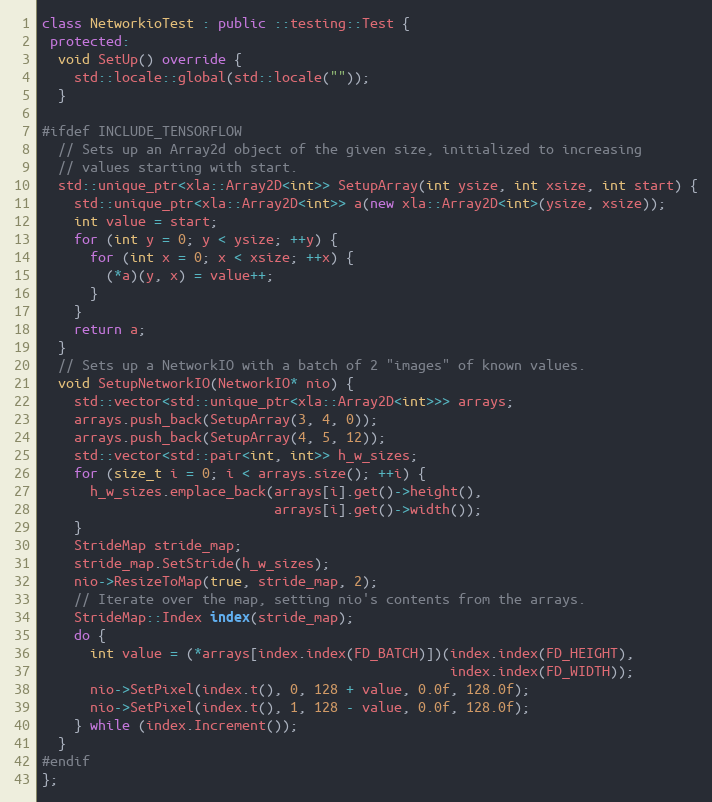
Language: C++
class NetworkioTest : public ::testing::Test {
 protected:
  void SetUp() override {
    std::locale::global(std::locale(""));
  }

#ifdef INCLUDE_TENSORFLOW
  // Sets up an Array2d object of the given size, initialized to increasing
  // values starting with start.
  std::unique_ptr<xla::Array2D<int>> SetupArray(int ysize, int xsize, int start) {
    std::unique_ptr<xla::Array2D<int>> a(new xla::Array2D<int>(ysize, xsize));
    int value = start;
    for (int y = 0; y < ysize; ++y) {
      for (int x = 0; x < xsize; ++x) {
        (*a)(y, x) = value++;
      }
    }
    return a;
  }
  // Sets up a NetworkIO with a batch of 2 "images" of known values.
  void SetupNetworkIO(NetworkIO* nio) {
    std::vector<std::unique_ptr<xla::Array2D<int>>> arrays;
    arrays.push_back(SetupArray(3, 4, 0));
    arrays.push_back(SetupArray(4, 5, 12));
    std::vector<std::pair<int, int>> h_w_sizes;
    for (size_t i = 0; i < arrays.size(); ++i) {
      h_w_sizes.emplace_back(arrays[i].get()->height(),
                             arrays[i].get()->width());
    }
    StrideMap stride_map;
    stride_map.SetStride(h_w_sizes);
    nio->ResizeToMap(true, stride_map, 2);
    // Iterate over the map, setting nio's contents from the arrays.
    StrideMap::Index index(stride_map);
    do {
      int value = (*arrays[index.index(FD_BATCH)])(index.index(FD_HEIGHT),
                                                   index.index(FD_WIDTH));
      nio->SetPixel(index.t(), 0, 128 + value, 0.0f, 128.0f);
      nio->SetPixel(index.t(), 1, 128 - value, 0.0f, 128.0f);
    } while (index.Increment());
  }
#endif
};